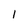
Character: l